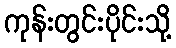
ကုန်းတွင်းပိုင်းသို့